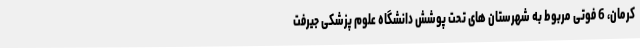
کرمان، 6 فوتی مربوط به شهرستان های تحت پوشش دانشگاه علوم پزشکی جیرفت